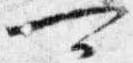
可